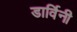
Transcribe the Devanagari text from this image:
डार्विनी